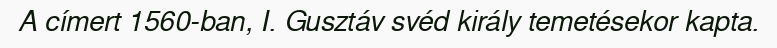
A címert 1560-ban, I. Gusztáv svéd király temetésekor kapta.